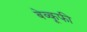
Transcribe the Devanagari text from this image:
बेव्कूफी